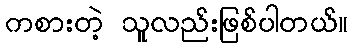
ကစားတဲ့ သူလည်းဖြစ်ပါတယ်။